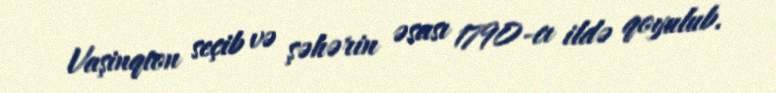
Vaşinqton seçib və şəhərin əsası 1790-cı ildə qoyulub.